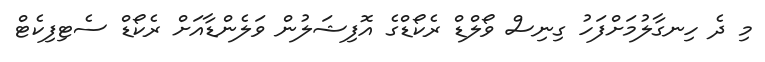
މި ދެ ހިނގާލުމަށްފަހު ގިނިސް ވޯލްޑް ރެކޯޑްގެ އޮފިޝަލުން ވަލެންޑާއަށް ރެކޯޑް ސެޓިފިކެޓް